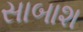
સાબાશ